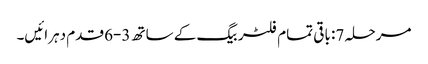
مرحلہ 7: باقی تمام فلٹر بیگ کے ساتھ 3-6 قدم دہرائیں۔